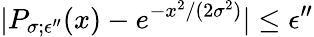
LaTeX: |P_{\sigma;\epsilon^{\prime\prime}}(x)-e^{-x^{2}/(2\sigma^{2})}|\le\epsilon^{\prime\prime}